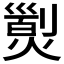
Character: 𤎁